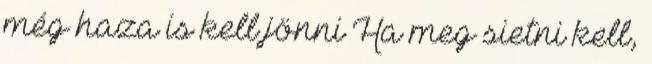
még haza is kell jönni Ha meg sietni kell,